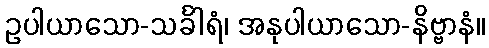
ဥပါယာသော-သင်္ခါရံ၊ အနုပါယာသော-နိဗ္ဗာနံ။